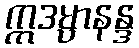
ဣဒမ္ပာနန္ဒ